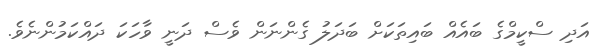
އަދި ސްކީމްގެ ބައެއް ބައިތަކަށް ބަދަލު ގެންނަން ވެސް ދަނީ ވާހަކަ ދައްކަމުންނެވެ.